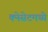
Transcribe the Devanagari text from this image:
क्नेसेटमध्ये